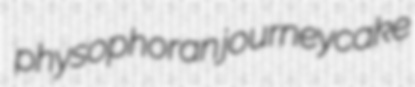
physophoran journeycake